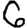
Digit: 6